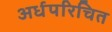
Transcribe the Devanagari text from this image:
अर्धपरिचित